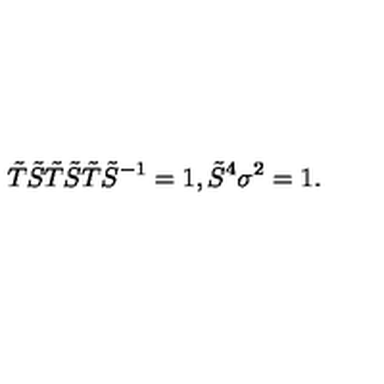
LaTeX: \tilde { T } \tilde { S } \tilde { T } \tilde { S } \tilde { T } \tilde { S } ^ { - 1 } = 1 , \tilde { S } ^ { 4 } \sigma ^ { 2 } = 1 .